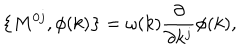
LaTeX: \left\{ M ^ { 0 j } , \phi ( k ) \right\} = \omega ( k ) \frac \partial { \partial k ^ { j } } \phi ( k ) ,